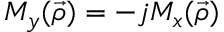
M _ { y } ( \vec { \rho } ) = - j M _ { x } ( \vec { \rho } )